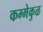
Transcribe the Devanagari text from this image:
कम्मेकुळ